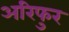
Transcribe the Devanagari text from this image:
अरिफुर